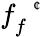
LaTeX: f_{f}^{\mathrm{~\scriptsize~\textit~{~\textcent~}~}}